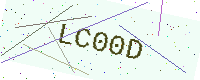
Text: LC00D